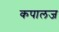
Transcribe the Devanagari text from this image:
कपालज